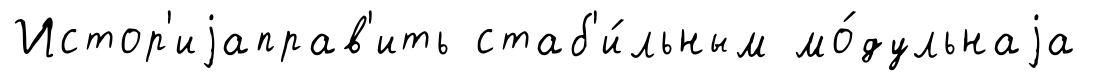
Истор'иjаправ'ить стаб'и́льным мо́дульнаjа